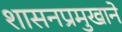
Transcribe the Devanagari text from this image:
शासनप्रमुखाने